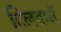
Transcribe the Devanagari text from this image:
दिलवानें